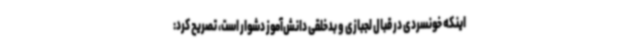
اینکه خونسردی در قبال لجبازی و بدخلقی دانش‌آموز دشوار است، تصریح کرد: